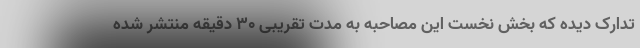
تدارک دیده که بخش نخست این مصاحبه به مدت تقریبی ۳۰ دقیقه منتشر شده